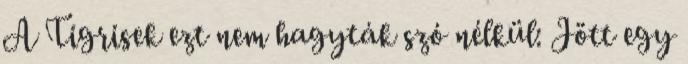
A Tigrisek ezt nem hagyták szó nélkül: Jött egy